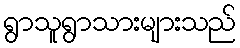
ရွာသူရွာသားများသည်